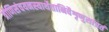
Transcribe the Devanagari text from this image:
त्रीणिसंचयनस्यार्थेतानिवैशृणुसांप्रतं